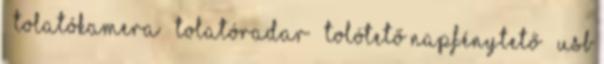
– tolatókamera – tolatóradar – tolótető napfénytető – USB